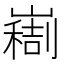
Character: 𫶚